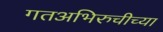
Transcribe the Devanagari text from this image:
गतअभिरुचीच्या